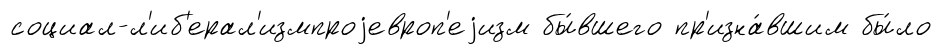
социал-л'иб'ерал'измпроjевроп'еjизм бы́вшего пр'изна́вшим бы́ло